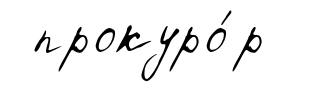
прокуро́р